Annual report on the mental hospital in the Central Provinces and Berar (Nagpur) - 1927-1951
Year: 1927
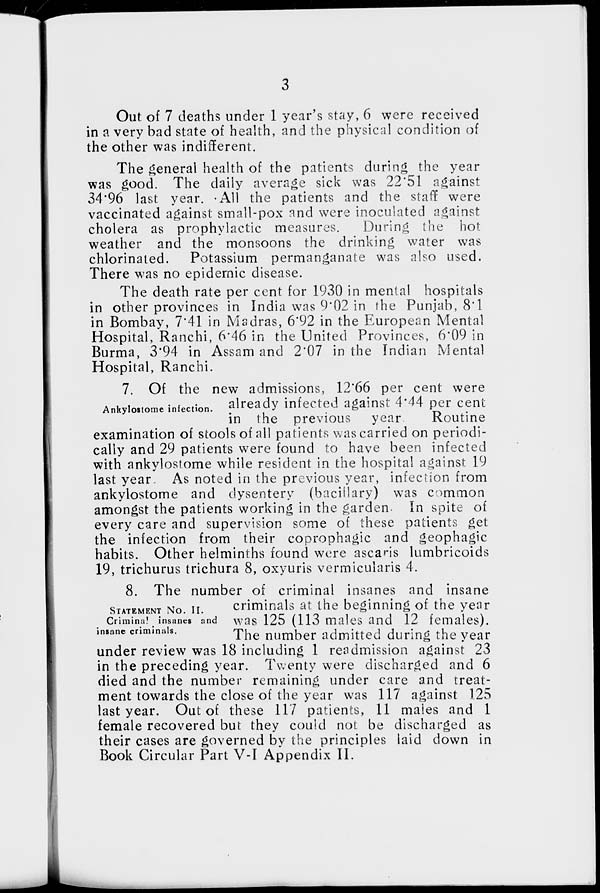
3
Out of 7 deaths under 1 year's stay, 6 were received
in a very bad state of health, and the physical condition of
the other was indifferent.
The general health of the patients during the year
was good. The daily average sick was 22.51 against
34.96 last year. All the patients and the staff were
vaccinated against small-pox and were inoculated against
cholera as prophylactic measures.
During the hot
weather and the monsoons the drinking water was
chlorinated. Potassium permanganate was also used.
There was no epidemic disease.
The death rate per cent for 1930 in mental hospitals
in other provinces in India was 9.02 in the Punjab, 8.1
in Bombay, 7.41 in Madras, 6.92 in the European Mental
Hospital, Ranchi, 6.46 in the United Provinces, 6.09 in
Burma, 3.94 in Assam and 2.07 in the Indian Mental
Hospital, Ranchi.
Ankylostome infection.
7. Of the new admissions, 12.66 per cent were
already infected against 4.44 per cent
in the previous year
Routine
examination of stools of all patients was carried on periodi-
cally and 29 patients were found to have been infected
with ankylostome while resident in the hospital against 19
last year. As noted in the previous year, infection from
ankylostome and dysentery (bacillary) was common
amongst the patients working in the garden. In spite of
every care and supervision some of these patients get
the infection from their coprophagic and geophagic
habits. Other helminths found were ascaris lumbricoids
19, trichurus trichura 8, oxyuris vermicularis 4.
STATEMENT NO. II.
Criminal insanes and
insane criminals.
8. The number of criminal insanes and insane
criminals at the beginning of the year
was 125 (113 males and 12 females).
The number admitted during the year
under review was 18 including 1 readmission against 23
in the preceding year. Twenty were discharged and 6
died and the number remaining under care and treat-
ment towards the close of the year was 117 against 125
last year. Out of these 117 patients, 11 males and 1
female recovered but they could not be discharged as
their cases are governed by the principles laid down in
Book Circular Part V-I Appendix II.